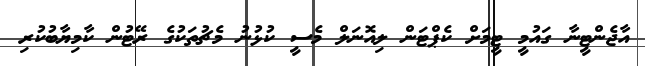
އާޖެންޓީނާ ގައުމީ ޓީމަށް ކެޕްޓަން ލިއޮނަލް މެސީ ކުޅުނު މެޗުތަކުގެ ރޭޓުން ކާމިޔާބުކުރި